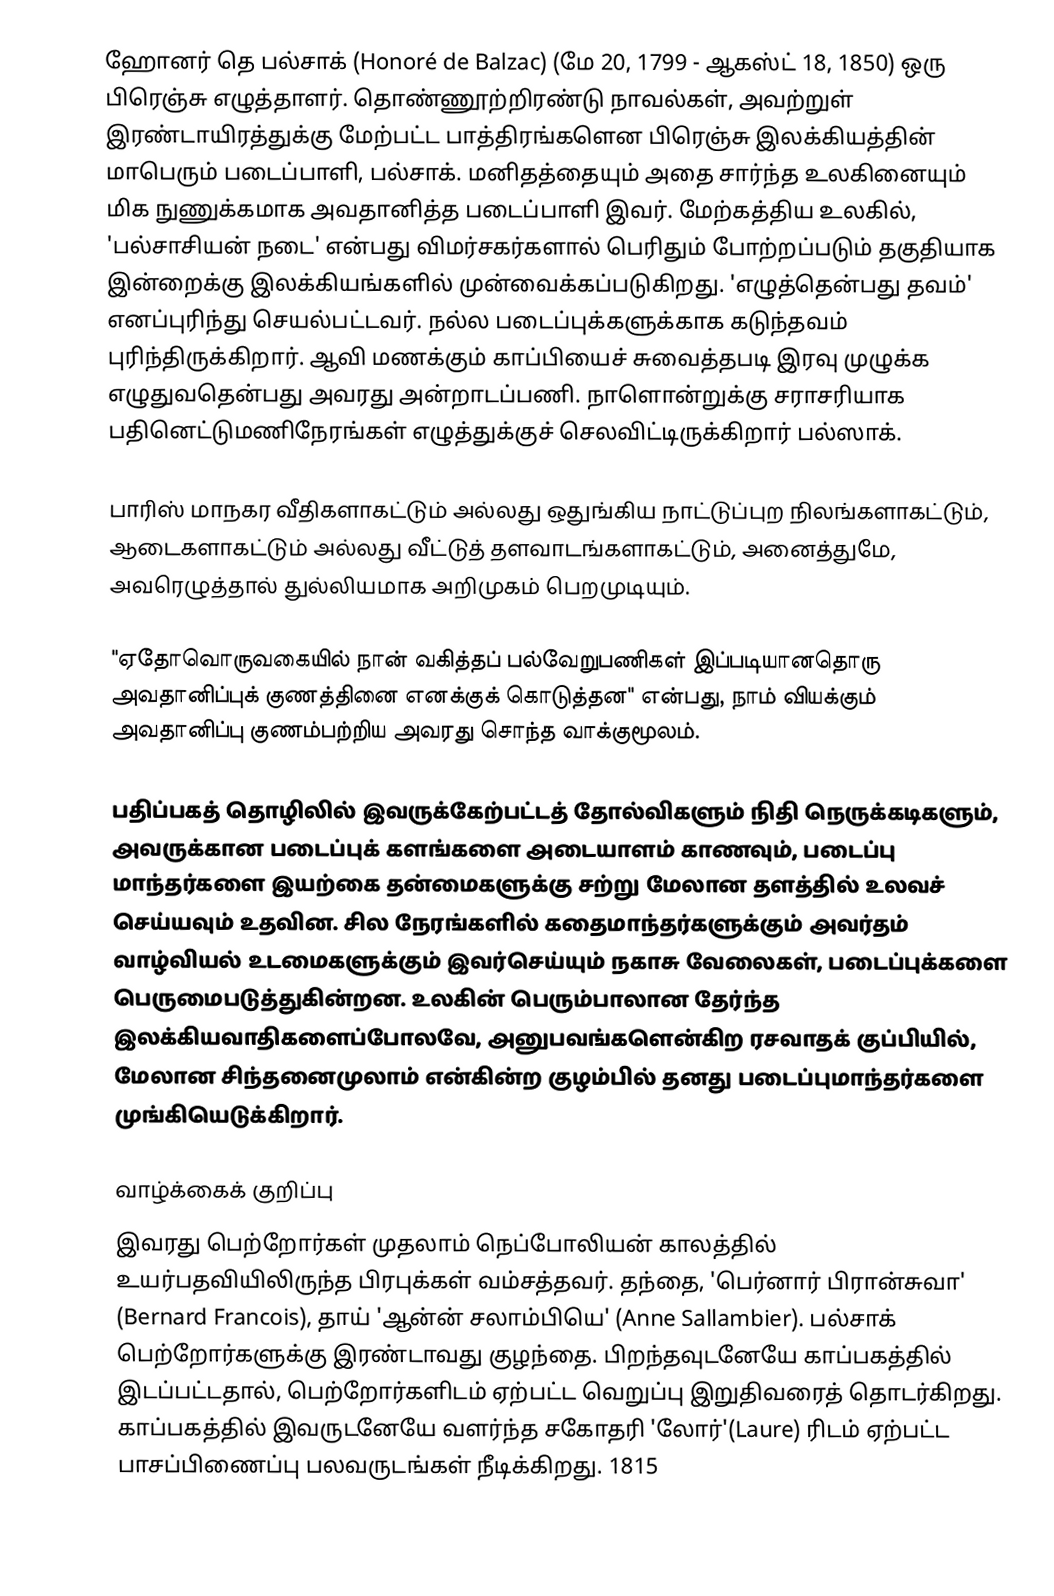
ஹோனர் தெ பல்சாக் (Honoré de Balzac) (மே 20, 1799 - ஆகஸ்ட் 18, 1850) ஒரு பிரெஞ்சு எழுத்தாளர்.  தொண்ணூற்றிரண்டு நாவல்கள், அவற்றுள் இரண்டாயிரத்துக்கு மேற்பட்ட பாத்திரங்களென பிரெஞ்சு இலக்கியத்தின் மாபெரும் படைப்பாளி, பல்சாக். மனிதத்தையும் அதை சார்ந்த உலகினையும் மிக நுணுக்கமாக அவதானித்த படைப்பாளி இவர். மேற்கத்திய உலகில், 'பல்சாசியன் நடை' என்பது விமர்சகர்களால் பெரிதும் போற்றப்படும் தகுதியாக இன்றைக்கு இலக்கியங்களில் முன்வைக்கப்படுகிறது. 'எழுத்தென்பது தவம்' எனப்புரிந்து செயல்பட்டவர். நல்ல படைப்புக்களுக்காக கடுந்தவம் புரிந்திருக்கிறார். ஆவி மணக்கும் காப்பியைச் சுவைத்தபடி இரவு முழுக்க எழுதுவதென்பது அவரது அன்றாடப்பணி. நாளொன்றுக்கு சராசரியாக பதினெட்டுமணிநேரங்கள் எழுத்துக்குச் செலவிட்டிருக்கிறார் பல்ஸாக்.

பாரிஸ் மாநகர வீதிகளாகட்டும் அல்லது ஒதுங்கிய நாட்டுப்புற நிலங்களாகட்டும், ஆடைகளாகட்டும் அல்லது வீட்டுத் தளவாடங்களாகட்டும், அனைத்துமே, அவரெழுத்தால் துல்லியமாக அறிமுகம் பெறமுடியும்.

"ஏதோவொருவகையில் நான் வகித்தப் பல்வேறுபணிகள் இப்படியானதொரு அவதானிப்புக் குணத்தினை எனக்குக் கொடுத்தன" என்பது, நாம் வியக்கும் அவதானிப்பு குணம்பற்றிய அவரது சொந்த வாக்குமூலம்.

பதிப்பகத் தொழிலில் இவருக்கேற்பட்டத் தோல்விகளும் நிதி நெருக்கடிகளும், அவருக்கான படைப்புக் களங்களை அடையாளம் காணவும், படைப்பு மாந்தர்களை இயற்கை தன்மைகளுக்கு சற்று மேலான தளத்தில் உலவச் செய்யவும் உதவின. சில நேரங்களில் கதைமாந்தர்களுக்கும் அவர்தம் வாழ்வியல் உடமைகளுக்கும் இவர்செய்யும் நகாசு வேலைகள், படைப்புக்களை பெருமைபடுத்துகின்றன. உலகின் பெரும்பாலான தேர்ந்த இலக்கியவாதிகளைப்போலவே, அனுபவங்களென்கிற ரசவாதக் குப்பியில், மேலான சிந்தனைமுலாம் என்கின்ற குழம்பில் தனது படைப்புமாந்தர்களை முங்கியெடுக்கிறார்.

வாழ்க்கைக் குறிப்பு
இவரது பெற்றோர்கள் முதலாம் நெப்போலியன் காலத்தில் உயர்பதவியிலிருந்த பிரபுக்கள் வம்சத்தவர். தந்தை, 'பெர்னார் பிரான்சுவா' (Bernard Francois), தாய் 'ஆன்ன் சலாம்பியெ' (Anne Sallambier). பல்சாக் பெற்றோர்களுக்கு இரண்டாவது குழந்தை. பிறந்தவுடனேயே காப்பகத்தில் இடப்பட்டதால், பெற்றோர்களிடம் ஏற்பட்ட வெறுப்பு இறுதிவரைத் தொடர்கிறது. காப்பகத்தில் இவருடனேயே வளர்ந்த சகோதரி 'லோர்'(Laure) ரிடம் ஏற்பட்ட பாசப்பிணைப்பு பலவருடங்கள் நீடிக்கிறது. 1815